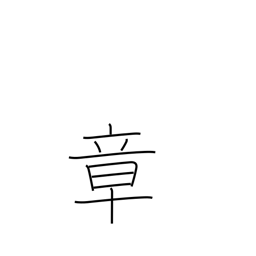
Meaning: chapter